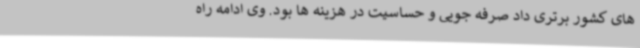
های کشور برتری داد صرفه جویی و حساسیت در هزینه ها بود. وی ادامه راه